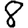
Digit: 8